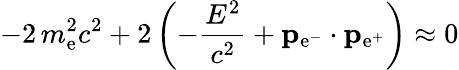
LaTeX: -2\, m_{\mathrm{e}}^{2}c^{2}+2\left(-{\frac{{E^{2}}}{{c^{2}}}}+\mathbf{{p}}_{\mathrm{e}^{-}}\cdot\mathbf{{p}}_{\mathrm{e}^{+}}\right)\approx0